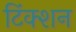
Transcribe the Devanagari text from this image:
टिंक्शन